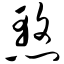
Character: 憝